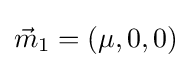
{\vec {m}}_{1}=(\mu ,0,0)